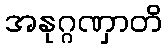
အနုဂ္ဂဏှာတိ